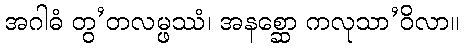
အဂါဓံ တွ’တလမ္ဖဿံ၊ အနစ္ဆော ကလုသာ’ဝိလာ။